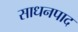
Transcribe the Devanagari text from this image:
साधनपाद